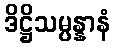
ဒိဋ္ဌိသမ္ပန္နာနံ